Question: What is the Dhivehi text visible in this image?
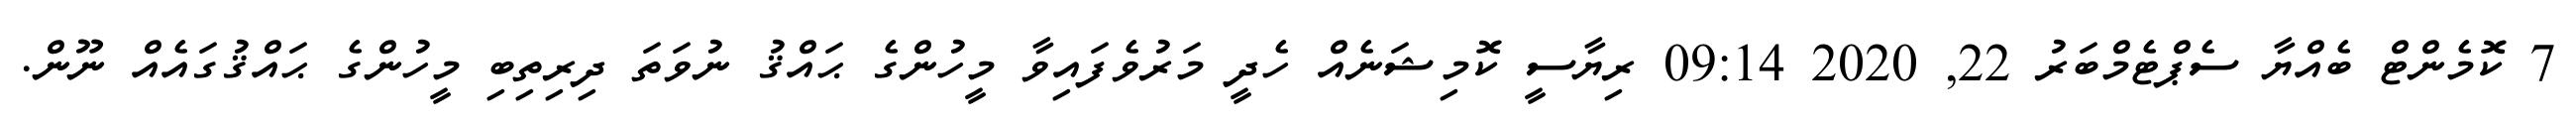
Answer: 7 ކޮމެންޓް ބެއްޔާ ސެޕްޓެމްބަރު 22, 2020 09:14 ރިޔާސީ ކޮމިޝަނެއް ހެދީ މަރުވެފައިވާ މީހުންގެ ޙައްޤު ނުވަތަ ދިރިތިބި މީހުންގެ ޙައްޤުގައެއް ނޫން.